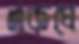
একঘে